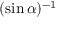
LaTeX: ( \sin \alpha ) ^ { - 1 }